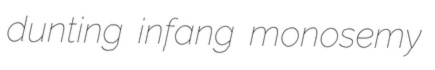
dunting infang monosemy